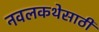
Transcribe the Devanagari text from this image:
नवलकथेसाठी